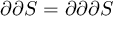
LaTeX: \partial \partial S = \partial \partial \partial S